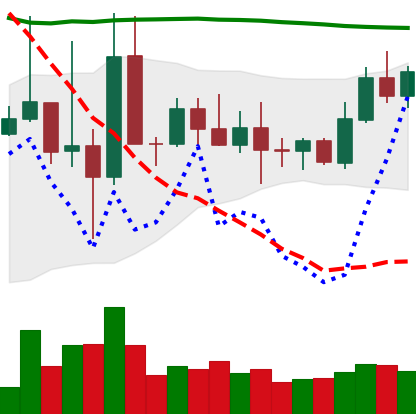
Ticker: TRX-USD
Chart end date: 2022-10-28
Forward return: -3.148%
Label: down_3_5